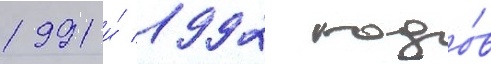
1991 и́ 1992 годо́в